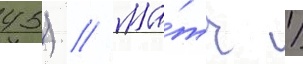
45) // Ма́тч 1/